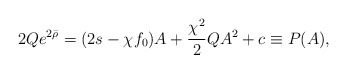
\begin{align*}2Q e^{2\bar{\rho}}=(2s-\chi f_0) A +\frac{\chi^2}{2}Q A^2+c\equiv P(A),\end{align*}